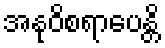
အနုဝိစရာပေန္တိ